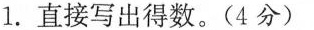
1.直接写出得数。(4分)